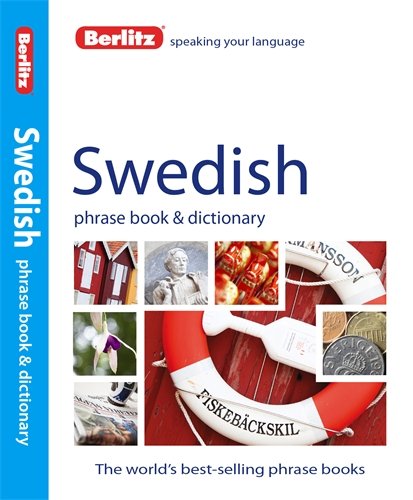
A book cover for Berlitz Swedish Phrase Book and Dictionary; Berlitz Publishing; Travel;